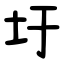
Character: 圩